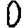
Digit: 0